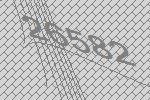
26582